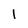
Character: 1